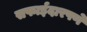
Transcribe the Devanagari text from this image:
सफाईदारपणे